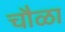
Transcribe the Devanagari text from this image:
चौळा